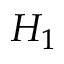
H _ { 1 }